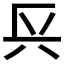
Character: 𨱘